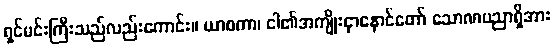
ရှင်မင်းကြီးသည်လည်းကောင်း။ ယာစကာ၊ ငါ၏အကျိုးငှာနောင်တော် သောဏပညာရှိအား